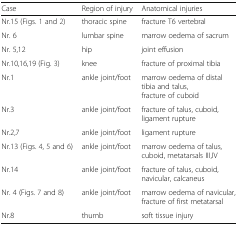
<table><thead><tr><td><b>Case</b></td><td><b>Region of injury</b></td><td><b>Anatomical injuries</b></td></tr></thead><tbody><tr><td>Nr.15 (Figs. 1 and 2)</td><td>thoracic spine</td><td>fracture T6 vertebral</td></tr><tr><td>Nr. 6</td><td>lumbar spine</td><td>marrow oedema of sacrum</td></tr><tr><td>Nr. 5,12</td><td>hip</td><td>joint effusion</td></tr><tr><td>Nr.10,16,19 (Fig. 3)</td><td>knee</td><td>fracture of proximal tibia</td></tr><tr><td>Nr.1</td><td>ankle joint/foot</td><td>marrow oedema of distal tibia and talus,fracture of cuboid</td></tr><tr><td>Nr.3</td><td>ankle joint/foot</td><td>fracture of talus, cuboid, ligament rupture</td></tr><tr><td>Nr.2,7</td><td>ankle joint/foot</td><td>ligament rupture</td></tr><tr><td>Nr.13 (Figs. 4, 5 and 6)</td><td>ankle joint/foot</td><td>marrow oedema of talus, cuboid, metatarsals III,IV</td></tr><tr><td>Nr.14</td><td>ankle joint/foot</td><td>fracture of talus, cuboid, navicular, calcaneus</td></tr><tr><td>Nr. 4 (Figs. 7 and 8)</td><td>ankle joint/foot</td><td>marrow oedema of navicular, fracture of first metatarsal</td></tr><tr><td>Nr.8</td><td>thumb</td><td>soft tissue injury</td></tr></tbody></table>